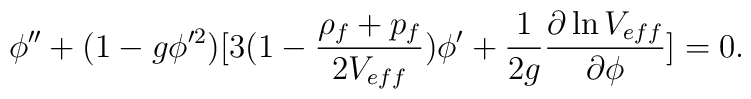
\phi''+(1-g\phi'^2)[3(1-{\rho_f+p_f\over 2V_{eff}})\phi'+{1\over 2g}{\partial\ln V_{eff}\over\partial\phi}]=0.